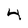
Character: 4